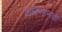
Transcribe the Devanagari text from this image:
केल्व्हिनची